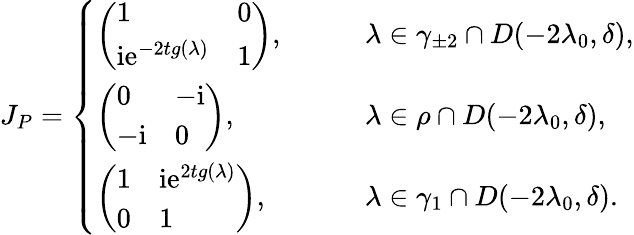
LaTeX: J_{P}=\left\{ \begin{array}{ll}{\left(\begin{array}{ll}{1}&{0}\\ {\mathrm{i}\mathrm{e}^{-2tg(\lambda)}}&{1}\end{array}\right),}&{\qquad\lambda\in\gamma_{\pm 2}\cap D(-2\lambda_{0},\delta),}\\ {\left(\begin{array}{ll}{0}&{-\mathrm{i}}\\ {-\mathrm{i}}&{0}\end{array}\right),}&{\qquad\lambda\in\rho\cap D(-2\lambda_{0},\delta),}\\ {\left(\begin{array}{ll}{1}&{\mathrm{i}\mathrm{e}^{2tg(\lambda)}}\\ {0}&{1}\end{array}\right),}&{\qquad\lambda\in\gamma_{1}\cap D(-2\lambda_{0},\delta).}\end{array}\right.